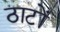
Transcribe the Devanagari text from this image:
ठाटों